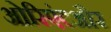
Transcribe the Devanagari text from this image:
ओरिएंटऔर